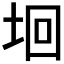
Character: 𡋙